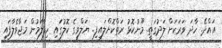
އައްދޭ. ހާދަ ވަރަކަށް ލަދުގަތީ. މޫނުކޮޅު ރަތްކޮށްލައިފި.. ޔަލްވީގެ ކޮލުގައި ހިފާލަމުން މަޖާވެލާފައި